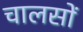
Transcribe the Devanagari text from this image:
चालसों